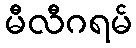
မီလီဂရမ်